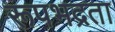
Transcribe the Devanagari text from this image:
रूपभद्रता